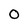
Character: 0